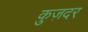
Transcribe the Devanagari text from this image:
कुज़दर